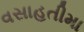
વસાહતીમા